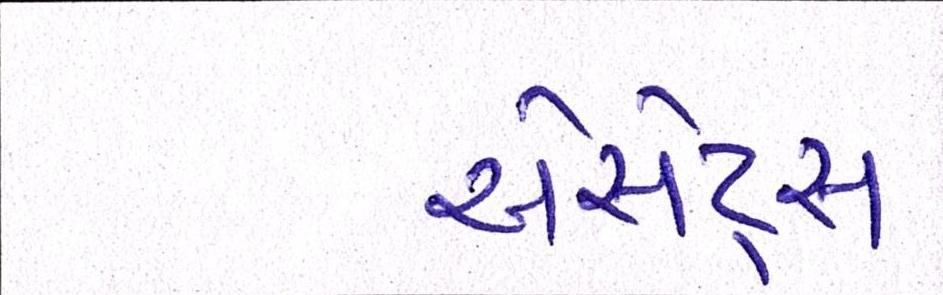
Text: એસેટ્સ